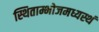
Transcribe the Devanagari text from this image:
स्थिताम्भोजमध्यस्थं